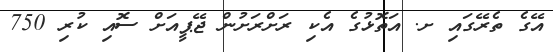
އޭގެ ތެރޭގައި ށ. އަތޮޅުގެ އެކި ރަށްރަށުން ޖޭޕީއަށް ސޮއި ކުރި 750